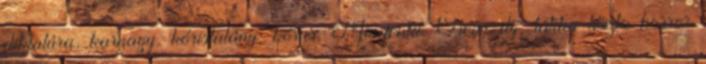
diktatúra, karnagy, kóristalány, kórus, Mindenki, Oscar-díj, tátika tészta horror